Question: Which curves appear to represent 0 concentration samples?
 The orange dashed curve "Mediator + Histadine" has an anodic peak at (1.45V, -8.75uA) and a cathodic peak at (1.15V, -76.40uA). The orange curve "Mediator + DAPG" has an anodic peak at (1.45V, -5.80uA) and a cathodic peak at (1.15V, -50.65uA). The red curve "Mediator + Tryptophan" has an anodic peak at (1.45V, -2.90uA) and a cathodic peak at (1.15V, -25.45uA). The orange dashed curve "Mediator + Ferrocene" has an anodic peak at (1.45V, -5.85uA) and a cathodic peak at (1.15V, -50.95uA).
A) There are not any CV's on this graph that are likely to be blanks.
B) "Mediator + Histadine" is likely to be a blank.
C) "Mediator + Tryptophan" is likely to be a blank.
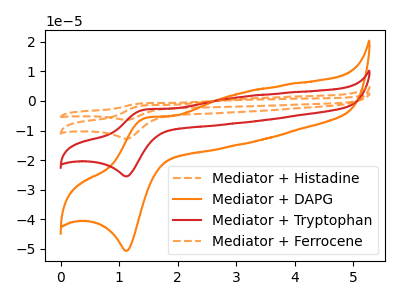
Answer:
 <answer>A) There are not any CV's on this graph that are likely to be blanks.</answer>
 <eval>A</eval>